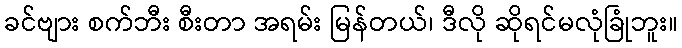
ခင်ဗျား စက်ဘီး စီးတာ အရမ်း မြန်တယ်၊ ဒီလို ဆိုရင်မလုံခြုံဘူး။